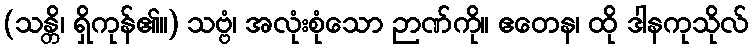
(သန္တိ၊ ရှိကုန်၏။) သဗ္ဗံ၊ အလုံးစုံသော ဉာဏ်ကို။ ဧတေန၊ ထို ဒါနကုသိုလ်